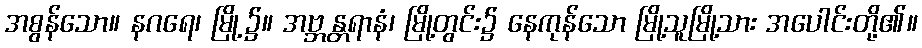
အစွန်သော။ နဂရေ၊ မြို့၌။ အဗ္ဘန္တရာနံ၊ မြို့တွင်း၌ နေကုန်သော မြို့သူမြို့သား အပေါင်းတို့၏။